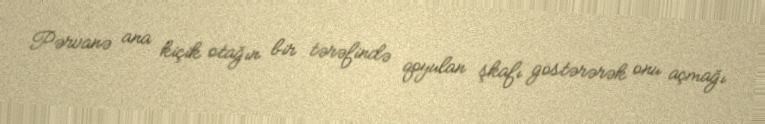
Pərvanə ana kiçik otağın bir tərəfində qoyulan şkafı göstərərək onu açmağı